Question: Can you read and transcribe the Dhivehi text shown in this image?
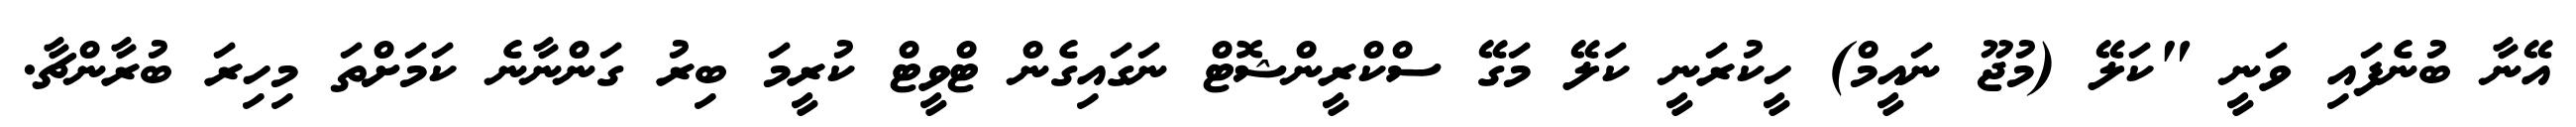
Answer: އޭނާ ބުނެފައި ވަނީ "ކަލޭ (މުޖޫ ނައީމް) ހީކުރަނީ ކަލޭ މަގޭ ސްކްރީންޝޮޓް ނަގައިގެން ޓްވީޓް ކުރީމަ ބިރު ގަންނާނެ ކަމަށްތަ މިހިރަ ބުރާންޗާ.